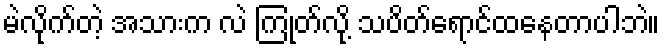
မဲလိုက်တဲ့ အသားက လဲ ကြုတ်လို့ သပိတ်ရောင်ထနေတာပါဘဲ။